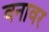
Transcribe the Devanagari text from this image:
वनावर